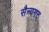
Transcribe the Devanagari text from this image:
सैन्यगट